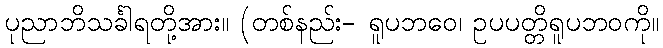
ပုညာဘိသင်္ခါရတို့အား။ (တစ်နည်း- ရူပဘဝေ၊ ဥပပတ္တိရူပဘဝကို။